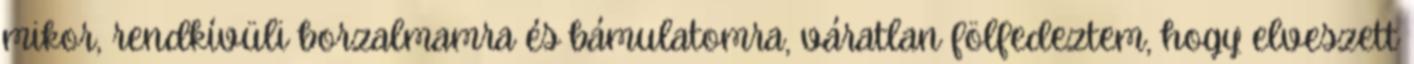
mikor, rendkívüli borzalmamra és bámulatomra, váratlan fölfedeztem, hogy elveszett